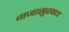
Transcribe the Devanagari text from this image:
गजासुरवध